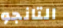
التانجو